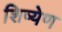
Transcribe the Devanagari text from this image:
शिष्येण